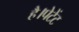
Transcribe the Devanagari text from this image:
है।पेटेंट